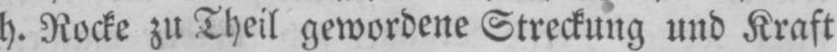
h. Rocke zu Theil gewordene Streckung und Kraft